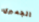
الجمبري